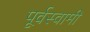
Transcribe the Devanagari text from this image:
पूर्वस्वामी